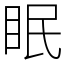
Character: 眠